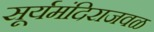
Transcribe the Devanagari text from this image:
सूर्यमंदिराजवळ